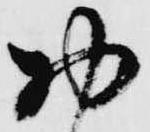
お